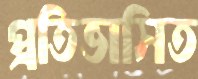
প্রতিভাসিত